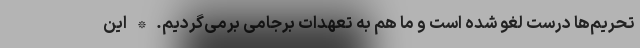
تحریم‌ها درست لغو شده است و ما هم به تعهدات برجامی برمی‌گردیم. * این